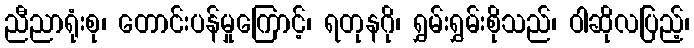
ညီညာရုံးစု၊ တောင်းပန်မှုကြောင့်၊ ရတုနဂို၊ ရွှမ်းရွှမ်းစိုသည်၊ ဝါဆိုလပြည့်၊